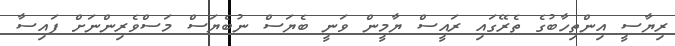
ރިޔާސީ އިންތިހާބުގެ ތެރޭގަައި ރައީސް ޔާމީން ވަނީ ބެޔަސް ނުބެޔަސް މަސްވެރިންނަށް ފައިސާ